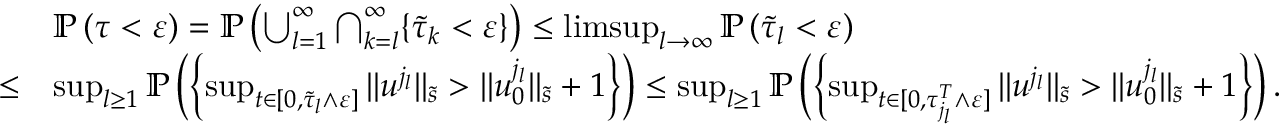
\begin{array} { r l } & { \mathbb P \left( \tau < \varepsilon \right) = \mathbb P \left( \bigcup _ { l = 1 } ^ { \infty } \bigcap _ { k = l } ^ { \infty } \lbrace \tilde { \tau } _ { k } < \varepsilon \rbrace \right) \leq \operatorname* { l i m s u p } _ { l \to \infty } \mathbb P \left( \tilde { \tau } _ { l } < \varepsilon \right) } \\ { \leq } & { \operatorname* { s u p } _ { l \geq 1 } \mathbb P \left( \left\lbrace \operatorname* { s u p } _ { t \in [ 0 , \tilde { \tau } _ { l } \wedge \varepsilon ] } \| u ^ { j _ { l } } \| _ { \tilde { s } } > \| u _ { 0 } ^ { j _ { l } } \| _ { \tilde { s } } + 1 \right\rbrace \right) \leq \operatorname* { s u p } _ { l \geq 1 } \mathbb P \left( \left\lbrace \operatorname* { s u p } _ { t \in [ 0 , \tau _ { j _ { l } } ^ { T } \wedge \varepsilon ] } \| u ^ { j _ { l } } \| _ { \tilde { s } } > \| u _ { 0 } ^ { j _ { l } } \| _ { \tilde { s } } + 1 \right\rbrace \right) . } \end{array}